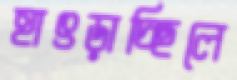
হাৎড়াচ্ছিলে